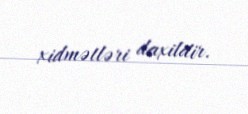
xidmətləri daxildir.